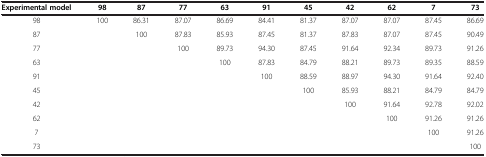
| Experimental model | 98 | 87 | 77 | 63 | 91 | 45 | 42 | 62 | 7 | 73 |
 | --- | --- | --- | --- | --- | --- | --- | --- | --- | --- | --- |
 | 98 | 100 | 86.31 | 87.07 | 86.69 | 84.41 | 81.37 | 87.07 | 87.07 | 87.45 | 86.69 |
 | 87 |  | 100 | 87.83 | 85.93 | 87.45 | 81.37 | 87.83 | 87.07 | 87.45 | 90.49 |
 | 77 |  |  | 100 | 89.73 | 94.30 | 87.45 | 91.64 | 92.34 | 89.73 | 91.26 |
 | 63 |  |  |  | 100 | 87.83 | 84.79 | 88.21 | 89.73 | 89.35 | 88.59 |
 | 91 |  |  |  |  | 100 | 88.59 | 88.97 | 94.30 | 91.64 | 92.40 |
 | 45 |  |  |  |  |  | 100 | 85.93 | 88.21 | 84.79 | 84.79 |
 | 42 |  |  |  |  |  |  | 100 | 91.64 | 92.78 | 92.02 |
 | 62 |  |  |  |  |  |  |  | 100 | 91.26 | 91.26 |
 | 7 |  |  |  |  |  |  |  |  | 100 | 91.26 |
 | 73 |  |  |  |  |  |  |  |  |  | 100 |